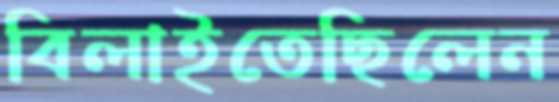
বিলাইতেছিলেন